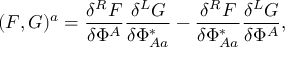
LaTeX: ( F , G ) ^ { a } = \frac { \delta ^ { R } F } { \delta \Phi ^ { A } } \frac { \delta ^ { L } G } { \delta \Phi _ { A a } ^ { * } } - \frac { \delta ^ { R } F } { \delta \Phi _ { A a } ^ { * } } \frac { \delta ^ { L } G } { \delta \Phi ^ { A } } ,